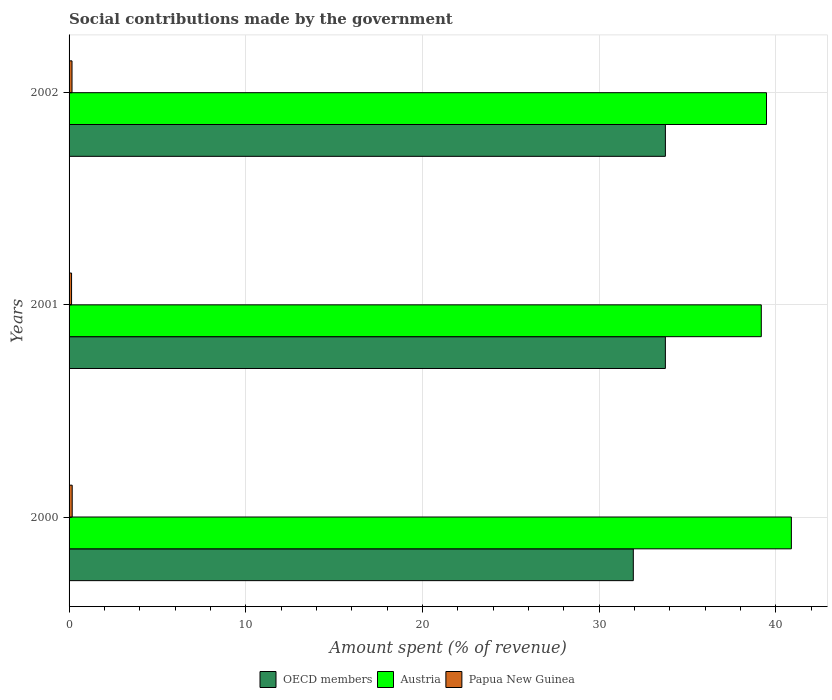
| Years | OECD members | Austria | Papua New Guinea |
 | --- | --- | --- | --- |
 | 2000 | 31.9 | 40.9 | 0.177 |
 | 2001 | 33.7 | 39.2 | 0.141 |
 | 2002 | 33.7 | 39.5 | 0.167 |